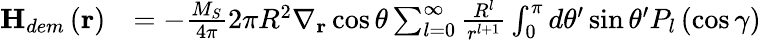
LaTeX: \begin{array}{rl}{\textbf{H}_{dem}\left(\textbf{r}\right)}&{=-\frac{M_{S}}{4\pi}2\pi R^{2}\nabla_{\textbf{r}}\cos\theta\sum_{l=0}^{\infty}\frac{R^{l}}{r^{l+1}}\int_{0}^{\pi}d\theta^{\prime}\sin\theta^{\prime}P_{l}\left(\cos\gamma\right)}\end{array}